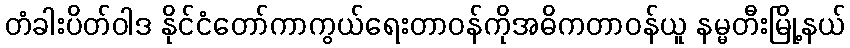
တံခါးပိတ်ဝါဒ နိုင်ငံတော်ကာကွယ်ရေးတာဝန်ကိုအဓိကတာဝန်ယူ နမ္မတီးမြို့နယ်